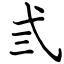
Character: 弎